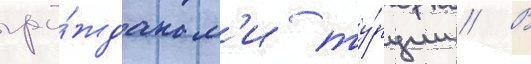
гра́жданам'и ту́рции // В